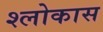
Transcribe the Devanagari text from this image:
श्लोकास